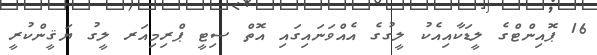
16 ޕޮއިންޓްގެ ލީޑަކާއިއެކު ލީގުގެ އެއްވަނައިގައި އޮތް ސިޓީ ޕްރިމިއަރ ލީގު ޔަޤީންކުރީ